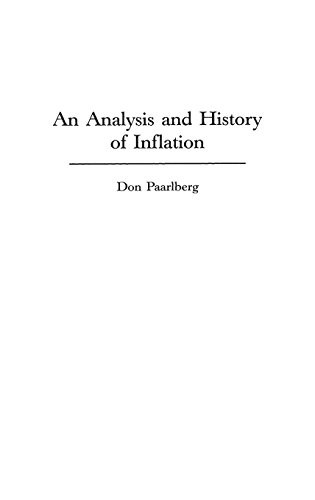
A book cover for An Analysis and History of Inflation; Don Paarlberg; Business & Money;